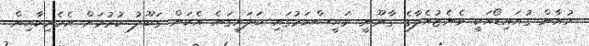
ހުއާން ގުއައިޑޯއަކީ ވެނެޒުއެލާގެ ގާނޫނީ ރައީސްކަމުގައި ބަލައިގަނެ އެކަން ގަބޫލު ކުރުމަށް އެމެރިކާއިން